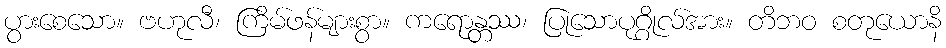
ပွားစေသော။ ဗဟုလီ၊ ကြိမ်ဖန်များစွာ။ ကရောန္တဿ၊ ပြုသောပုဂ္ဂိုလ်အား။ တိဘဝ စတုယောနိ